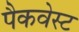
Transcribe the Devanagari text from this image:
पैकवेस्ट